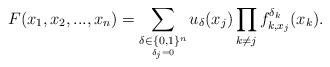
LaTeX: \begin{align*}F(x_{1},x_{2},...,x_{n})=\sum_{\underset{\delta_{j}=0}{\delta\in\{0,1\}^{n}}}u_{\delta}(x_{j})\prod_{k\neq j}f_{k,x_{j}}^{\delta_{k}}(x_{k}).\end{align*}